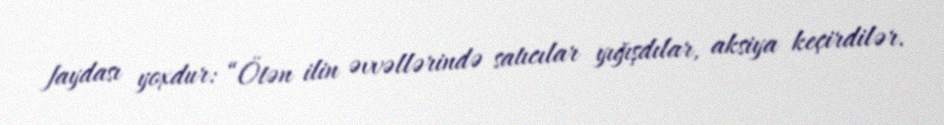
faydası yoxdur: “Ötən ilin əvvəllərində satıcılar yığışdılar, aksiya keçirdilər.